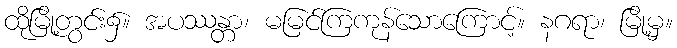
ထိုမြို့တွင်း၌။ အပဿန္တာ၊ မမြင်ကြကုန်သောကြောင့်။ နဂရာ၊ မြို့မှ။